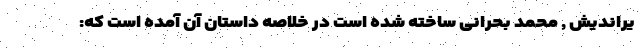
یراندیش , محمد بحرانی ساخته شده است در خلاصه داستان آن آمده است که: